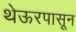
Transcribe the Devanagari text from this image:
थेऊरपासून